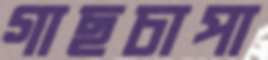
গাছচাপা